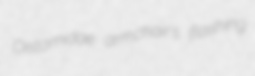
Distomidae armchair's flashing